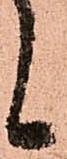
候